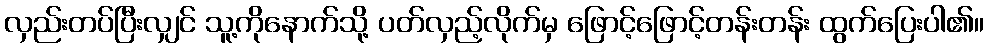
လှည်းတပ်ပြီးလျှင် သူ့ကိုနောက်သို့ ပတ်လှည့်လိုက်မှ ဖြောင့်ဖြောင့်တန်းတန်း ထွက်ပြေးပါ၏။